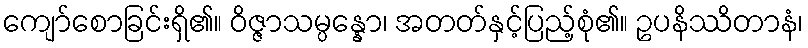
ကျော်စောခြင်းရှိ၏။ ဝိဇ္ဇာသမ္ပန္နော၊ အတတ်နှင့်ပြည့်စုံ၏။ ဥပနိဿိတာနံ၊